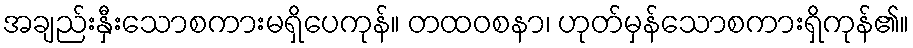
အချည်းနှီးသောစကားမရှိပေကုန်။ တထဝစနာ၊ ဟုတ်မှန်သောစကားရှိကုန်၏။